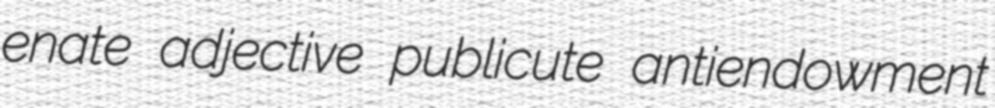
enate adjective publicute antiendowment